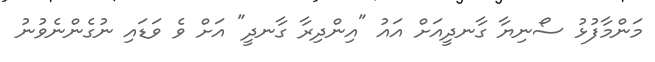
މަންމާފުޅު ސޯނިޔާ ގާނދީއަށް އައު "އިންދިރާ ގާނދީ" އަށް ވެ ވަޑައި ނުގެންނެވުނު